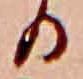
る